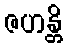
ဇဟန္တိ